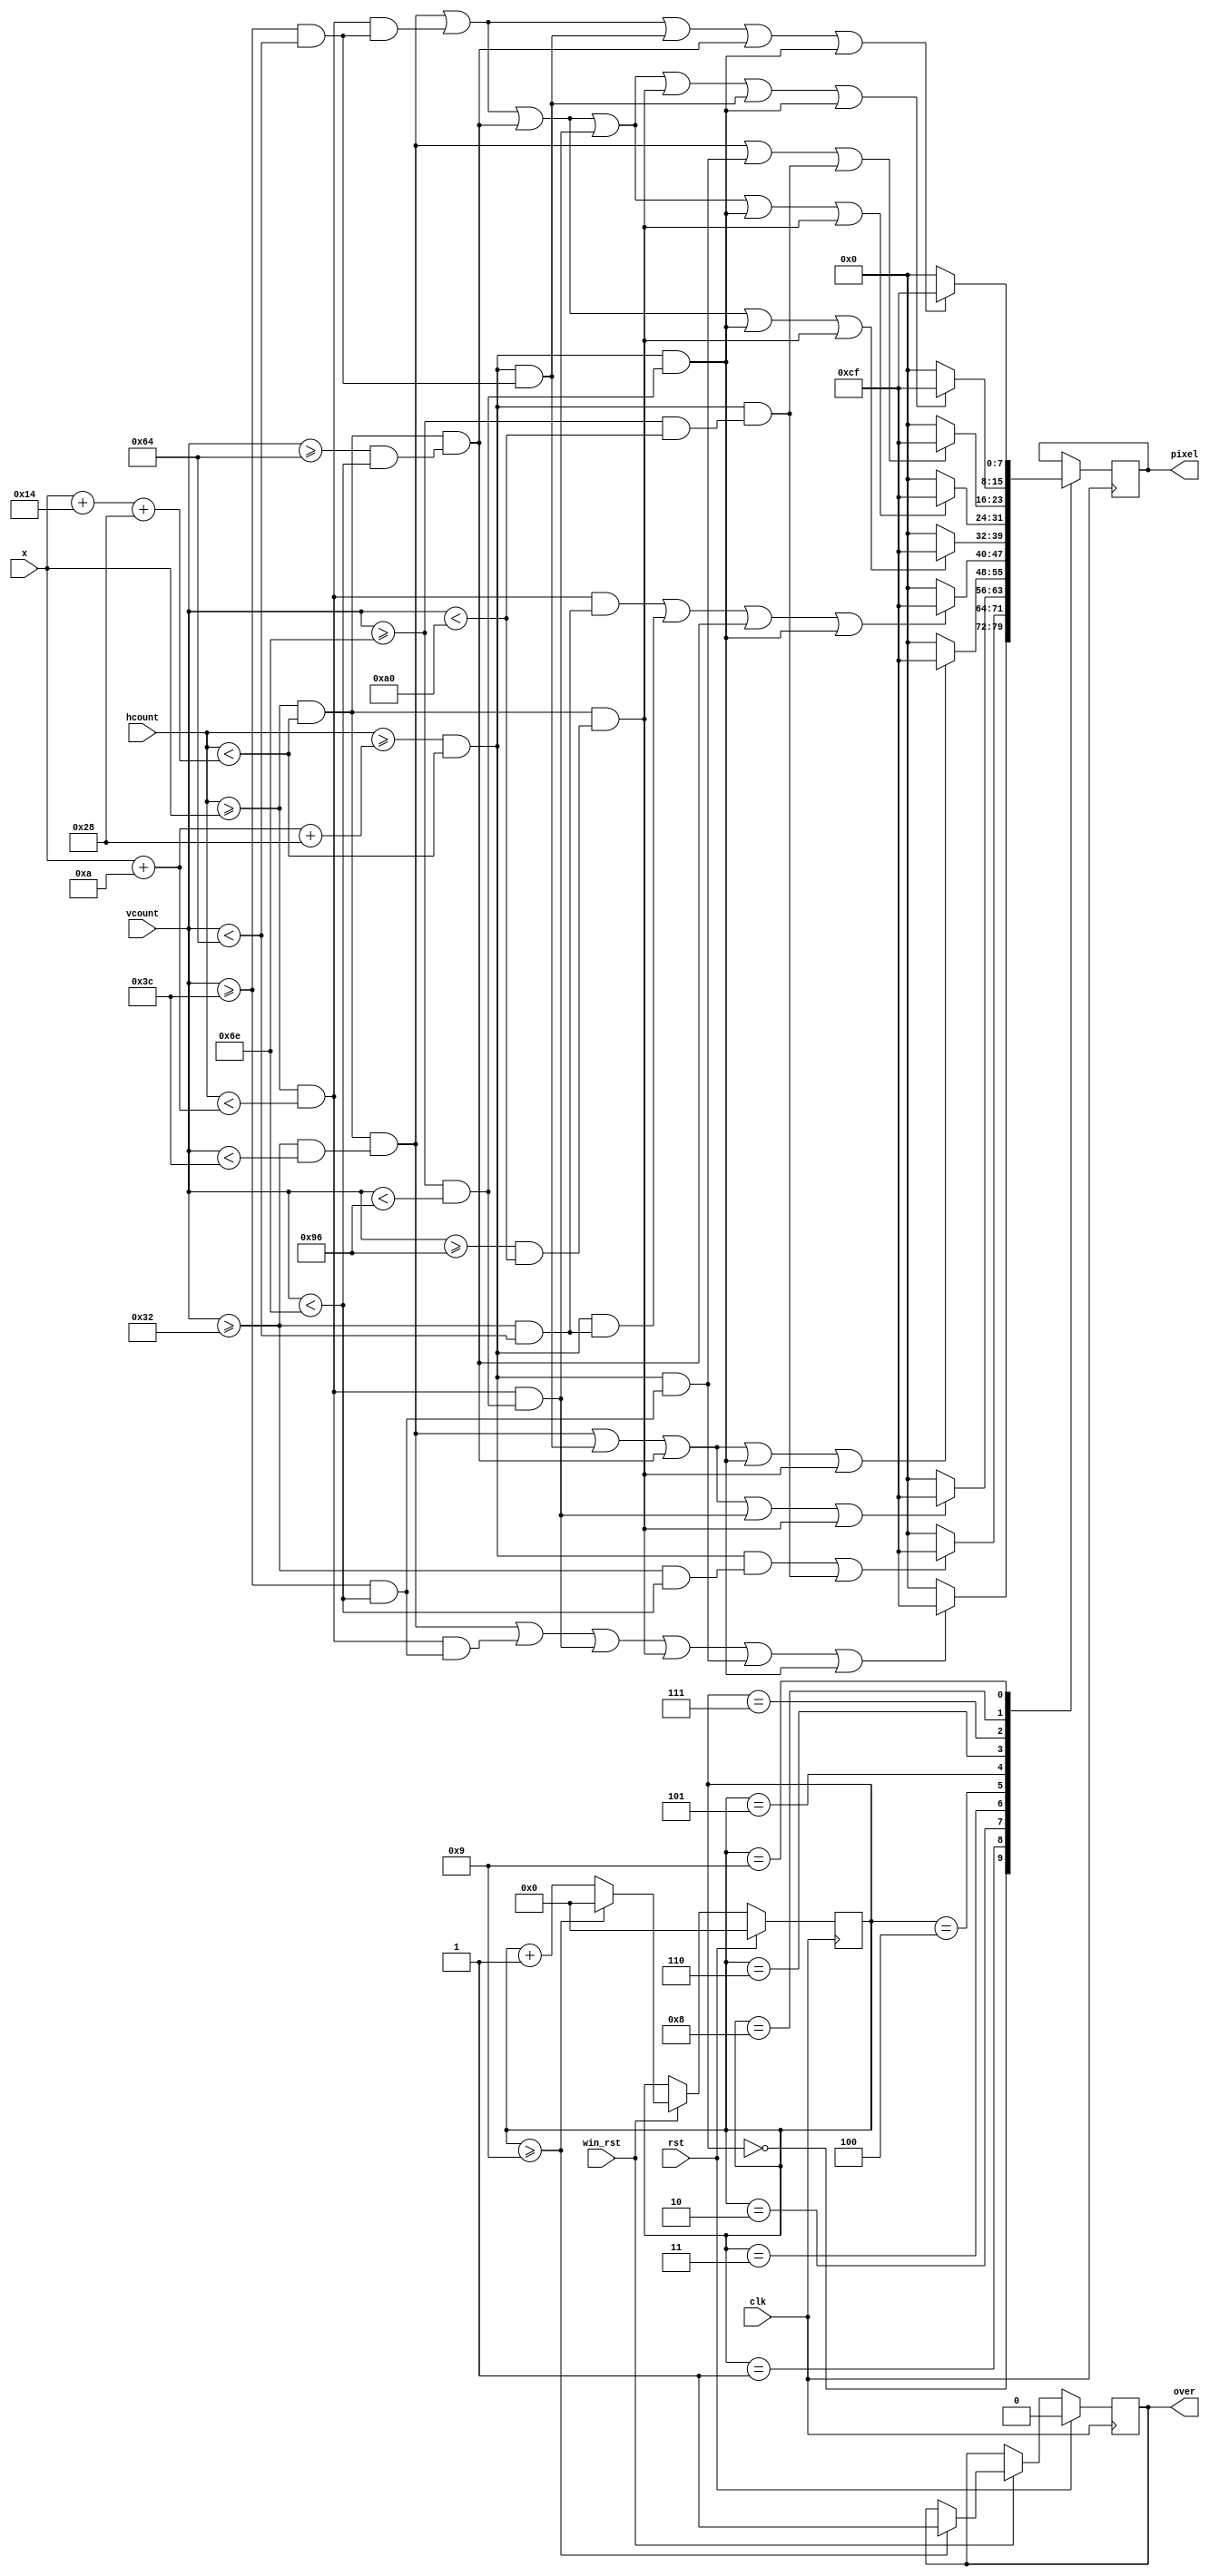
//  ===================================================================================
//  								  Define Module, Inputs and Outputs
//												* Draw score *
//  ===================================================================================
module draw_score #(parameter WIDTH = 10,   // default width: 10 pixels
               HEIGHT = 40)(                // default height: 40 pixels  
		win_rst,
		hcount,
		vcount,
		x,
		clk,
		rst,
		pixel,
		over
);

// ====================================================================================
// 										Port Declarations
// ====================================================================================
	input [10:0] hcount;
	input [9:0]  vcount;
	input	[9:0]	 x;
	input			 win_rst;
	input 		 clk;
	input			 rst;
	output [7:0] pixel;
	output		 over;

// ====================================================================================
// 								Parameters, Register, and Wires
// ====================================================================================
	reg [7:0]	 COLOR = 8'hCF;
	reg			 over;
	reg [3:0]	 NUMBER;
	reg [7:0] 	 pixel;
	reg [9:0]  	 y = 50;

//  ===================================================================================
// 							  				Implementation
//  ===================================================================================

		always @(posedge clk) 
		begin
			if (rst == 1)
			begin
				NUMBER <= 0;
				over <= 0;
			end
			else
				if (win_rst == 1)
				begin
					NUMBER <= NUMBER + 1;
					if (NUMBER >= 9)
					begin
						over <= 1;
						NUMBER <= 0;
					end
					else
						over <= over;
				end
				else
					NUMBER <= NUMBER;

				case (NUMBER)
					0:
						//If the count is 0 draw it
						if (((hcount >= x && hcount < (x + 2*WIDTH + HEIGHT)) && (vcount >= y && vcount < (y + WIDTH))) || //upper horizontal line
							 ((hcount >= x && hcount < (x + WIDTH)) && (vcount >= (y + WIDTH) && vcount < (y + 2*WIDTH + HEIGHT))) || //upper left vertical line
							 ((hcount >= x && hcount < (x + WIDTH)) && (vcount >= (y + 2*WIDTH + HEIGHT) && vcount < (y + 2*WIDTH + 2*HEIGHT))) || //lower left vertical line
							 ((hcount >= x && hcount < (x + 2*WIDTH + HEIGHT)) && (vcount >= (y + 2*WIDTH + 2*HEIGHT) && vcount < (y + 3*WIDTH + 2*HEIGHT))) || //lower horizontal line
							 ((hcount >= (x + WIDTH + HEIGHT) && hcount < (x + 2*WIDTH + HEIGHT)) && (vcount >= (y + WIDTH) && vcount < (y + 2*WIDTH + HEIGHT))) || //upper right vertical line
							 ((hcount >= (x + WIDTH + HEIGHT) && hcount < (x + 2*WIDTH + HEIGHT)) && (vcount >= (y + 2*WIDTH + HEIGHT) && vcount < (y + 2*WIDTH + 2*HEIGHT))) //lower right vertical line
							)
							pixel <= COLOR;
						else 
							pixel <= 8'b0;
					1:
						//If the count is 1 draw it
						if (((hcount >= (x + WIDTH + HEIGHT) && hcount < (x + 2*WIDTH + HEIGHT)) && (vcount >= y && vcount < (y + 2*WIDTH + HEIGHT))) || //upper right vertical line
							 ((hcount >= (x + WIDTH + HEIGHT) && hcount < (x + 2*WIDTH + HEIGHT)) && (vcount >= (y + 2*WIDTH + HEIGHT) && vcount < (y + 3*WIDTH + 2*HEIGHT))) //lower right vertical line
							 )
							pixel <= COLOR;
						else 
							pixel <= 8'b0;
					2:
						//If the count is 2 draw it
						if (((hcount >= x && hcount < (x + 2*WIDTH + HEIGHT)) && (vcount >= y && vcount < (y + WIDTH))) || //upper horizontal line
							 ((hcount >= (x + WIDTH + HEIGHT) && hcount < (x + 2*WIDTH + HEIGHT)) && (vcount >= (y + WIDTH) && vcount < (y + WIDTH + HEIGHT))) || //upper right vertical line
							 ((hcount >= x && hcount < (x + 2*WIDTH + HEIGHT)) && (vcount >= (y + WIDTH + HEIGHT) && vcount < (y + 2*WIDTH + HEIGHT))) || //middle vertical line
							 ((hcount >= x && hcount < (x + WIDTH)) && (vcount >= (y + 2*WIDTH + HEIGHT) && vcount < (y + 2*WIDTH + 2*HEIGHT))) || //lower left vertical line
							 ((hcount >= x && hcount < (x + 2*WIDTH + HEIGHT)) && (vcount >= (y + 2*WIDTH + 2*HEIGHT) && vcount < (y + 3*WIDTH + 2*HEIGHT))) //lower horizontal line
							 )
							pixel <= COLOR;
						else 
							pixel <= 8'b0;
					3:
						//If the count is 3 draw it
						if (((hcount >= x && hcount < (x + 2*WIDTH + HEIGHT)) && (vcount >= y && vcount < (y + WIDTH))) || //upper horizontal line
							 ((hcount >= (x + WIDTH + HEIGHT) && hcount < (x + 2*WIDTH + HEIGHT)) && (vcount >= (y + WIDTH) && vcount < (y + WIDTH + HEIGHT))) || //upper right vertical line
							 ((hcount >= x && hcount < (x + 2*WIDTH + HEIGHT)) && (vcount >= (y + WIDTH + HEIGHT) && vcount < (y + 2*WIDTH + HEIGHT))) || //middle vertical line
							 ((hcount >= (x + WIDTH + HEIGHT) && hcount < (x + 2*WIDTH + HEIGHT)) && (vcount >= (y + 2*WIDTH + HEIGHT) && vcount < (y + 2*WIDTH + 2*HEIGHT))) || //lower right vertical line
							 ((hcount >= x && hcount < (x + 2*WIDTH + HEIGHT)) && (vcount >= (y + 2*WIDTH + 2*HEIGHT) && vcount < (y + 3*WIDTH + 2*HEIGHT))) //lower horizontal line
							 )
							pixel <= COLOR;
						else 
							pixel <= 8'b0;
					4:
						//If the count is 4 draw it
						if (((hcount >= x && hcount < (x + WIDTH)) && (vcount >= y && vcount < (y + WIDTH + HEIGHT))) || //upper left vertical line
							 ((hcount >= (x + WIDTH + HEIGHT) && hcount < (x + 2*WIDTH + HEIGHT)) && (vcount >= y && vcount < (y + WIDTH + HEIGHT))) || //upper right vertical line
							 ((hcount >= x && hcount < (x + 2*WIDTH + HEIGHT)) && (vcount >= (y + WIDTH + HEIGHT) && vcount < (y + 2*WIDTH + HEIGHT))) || //middle vertical line
							 ((hcount >= (x + WIDTH + HEIGHT) && hcount < (x + 2*WIDTH + HEIGHT)) && (vcount >= (y + 2*WIDTH + HEIGHT) && vcount < (y + 2*WIDTH + 2*HEIGHT))) //lower right vertical line
							 )
							pixel <= COLOR;
						else 
							pixel <= 8'b0;
					5:
						//If the count is 5 draw it
						if (((hcount >= x && hcount < (x + 2*WIDTH + HEIGHT)) && (vcount >= y && vcount < (y + WIDTH))) || //upper horizontal line
							 ((hcount >= x && hcount < (x + WIDTH)) && (vcount >= (y + WIDTH) && vcount < (y + WIDTH + HEIGHT))) || //upper left vertical line
							 ((hcount >= x && hcount < (x + 2*WIDTH + HEIGHT)) && (vcount >= (y + WIDTH + HEIGHT) && vcount < (y + 2*WIDTH + HEIGHT))) || //middle vertical line
							 ((hcount >= (x + WIDTH + HEIGHT) && hcount < (x + 2*WIDTH + HEIGHT)) && (vcount >= (y + 2*WIDTH + HEIGHT) && vcount < (y + 2*WIDTH + 2*HEIGHT))) || //lower right vertical line
							 ((hcount >= x && hcount < (x + 2*WIDTH + HEIGHT)) && (vcount >= (y + 2*WIDTH + 2*HEIGHT) && vcount < (y + 3*WIDTH + 2*HEIGHT))) //lower horizontal line
							 )
							pixel <= COLOR;
						else 
							pixel <= 8'b0;
					6:
						//If the count is 6 draw it
						if (((hcount >= x && hcount < (x + 2*WIDTH + HEIGHT)) && (vcount >= y && vcount < (y + WIDTH))) || //upper horizontal line
							 ((hcount >= x && hcount < (x + WIDTH)) && (vcount >= (y + WIDTH) && vcount < (y + WIDTH + HEIGHT))) || //upper left vertical line
							 ((hcount >= x && hcount < (x + 2*WIDTH + HEIGHT)) && (vcount >= (y + WIDTH + HEIGHT) && vcount < (y + 2*WIDTH + HEIGHT))) || //middle vertical line
							 ((hcount >= x && hcount < (x + WIDTH)) && (vcount >= (y + 2*WIDTH + HEIGHT) && vcount < (y + 2*WIDTH + 2*HEIGHT))) || //lower left vertical line
							 ((hcount >= (x + WIDTH + HEIGHT) && hcount < (x + 2*WIDTH + HEIGHT)) && (vcount >= (y + 2*WIDTH + HEIGHT) && vcount < (y + 2*WIDTH + 2*HEIGHT))) || //lower right vertical line
							 ((hcount >= x && hcount < (x + 2*WIDTH + HEIGHT)) && (vcount >= (y + 2*WIDTH + 2*HEIGHT) && vcount < (y + 3*WIDTH + 2*HEIGHT))) //lower horizontal line
							 )
							pixel <= COLOR;
						else 
							pixel <= 8'b0;
					7:
						//If the count is 7 draw it
						if (((hcount >= x && hcount < (x + 2*WIDTH + HEIGHT)) && (vcount >= y && vcount < (y + WIDTH))) || //upper horizontal line
							 ((hcount >= (x + WIDTH + HEIGHT) && hcount < (x + 2*WIDTH + HEIGHT)) && (vcount >= (y + WIDTH) && vcount < (y + 2*WIDTH + HEIGHT))) || //upper right vertical line
							 ((hcount >= (x + WIDTH + HEIGHT) && hcount < (x + 2*WIDTH + HEIGHT)) && (vcount >= (y + 2*WIDTH + HEIGHT) && vcount < (y + 3*WIDTH + 2*HEIGHT))) //lower right vertical line
							 )
							pixel <= COLOR;
						else 
							pixel <= 8'b0;
					8:
						//If the count is 8 draw it
						if (((hcount >= x && hcount < (x + 2*WIDTH + HEIGHT)) && (vcount >= y && vcount < (y + WIDTH))) || //upper horizontal line
							 ((hcount >= x && hcount < (x + WIDTH)) && (vcount >= (y + WIDTH) && vcount < (y + WIDTH + HEIGHT))) || //upper left vertical line
							 ((hcount >= x && hcount < (x + 2*WIDTH + HEIGHT)) && (vcount >= (y + WIDTH + HEIGHT) && vcount < (y + 2*WIDTH + HEIGHT))) || //middle vertical line
							 ((hcount >= x && hcount < (x + WIDTH)) && (vcount >= (y + 2*WIDTH + HEIGHT) && vcount < (y + 2*WIDTH + 2*HEIGHT))) || //lower left vertical line
							 ((hcount >= x && hcount < (x + 2*WIDTH + HEIGHT)) && (vcount >= (y + 2*WIDTH + 2*HEIGHT) && vcount < (y + 3*WIDTH + 2*HEIGHT))) || //lower horizontal line
							 ((hcount >= (x + WIDTH + HEIGHT) && hcount < (x + 2*WIDTH + HEIGHT)) && (vcount >= (y + WIDTH) && vcount < (y + WIDTH + HEIGHT))) || //upper right vertical line
							 ((hcount >= (x + WIDTH + HEIGHT) && hcount < (x + 2*WIDTH + HEIGHT)) && (vcount >= (y + 2*WIDTH + HEIGHT) && vcount < (y + 2*WIDTH + 2*HEIGHT))) //lower right vertical line
							 )
							pixel <= COLOR;
						else 
							pixel <= 8'b0;
					9:
						//If the count is 9 draw it
						if (((hcount >= x && hcount < (x + 2*WIDTH + HEIGHT)) && (vcount >= y && vcount < (y + WIDTH))) || //upper horizontal line
							 ((hcount >= x && hcount < (x + WIDTH)) && (vcount >= (y + WIDTH) && vcount < (y + WIDTH + HEIGHT))) || //upper left vertical line
							 ((hcount >= (x + WIDTH + HEIGHT) && hcount < (x + 2*WIDTH + HEIGHT)) && (vcount >= (y + WIDTH) && vcount < (y + WIDTH + HEIGHT))) || //upper right vertical line
							 ((hcount >= x && hcount < (x + 2*WIDTH + HEIGHT)) && (vcount >= (y + WIDTH + HEIGHT) && vcount < (y + 2*WIDTH + HEIGHT))) || //middle vertical line
							 ((hcount >= (x + WIDTH + HEIGHT) && hcount < (x + 2*WIDTH + HEIGHT)) && (vcount >= (y + 2*WIDTH + HEIGHT) && vcount < (y + 2*WIDTH + 2*HEIGHT))) //lower right vertical line
							 )
							pixel <= COLOR;
						else 
							pixel <= 8'b0;
					default:
						;
				endcase
		end
	
endmodule